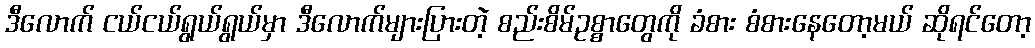
ဒီလောက် ငယ်ငယ်ရွယ်ရွယ်မှာ ဒီလောက်များပြားတဲ့ စည်းစိမ်ဥစ္စာတွေကို ခံစား စံစားနေတော့မယ် ဆိုရင်တော့